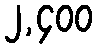
၂,၄၀၀